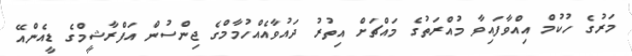
މަރުގެ ހުކުމް އިއްވާފައިވާ މުއްރަތުގެ މައްޗަށް އިތުރު ދައުވާއެއްހުމާމްގެ ޖިންސުން އަފްރާޝީމްގެ ޑީއެންއޭ